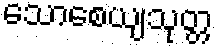
သောစေယျသုတ္တ